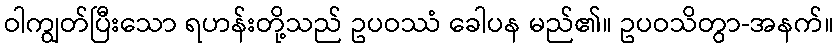
ဝါကျွတ်ပြီးသော ရဟန်းတို့သည် ဥပဝဿံ ခေါပန မည်၏။ ဥပဝသိတွာ-အနက်။